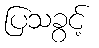
ပြသခွင့်